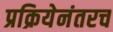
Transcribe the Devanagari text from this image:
प्रक्रियेनंतरच